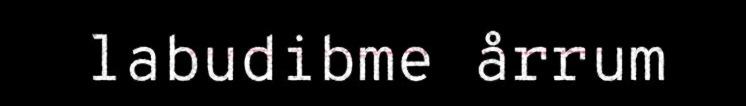
labudibme årrum